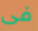
فى